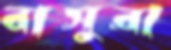
বাসুরা